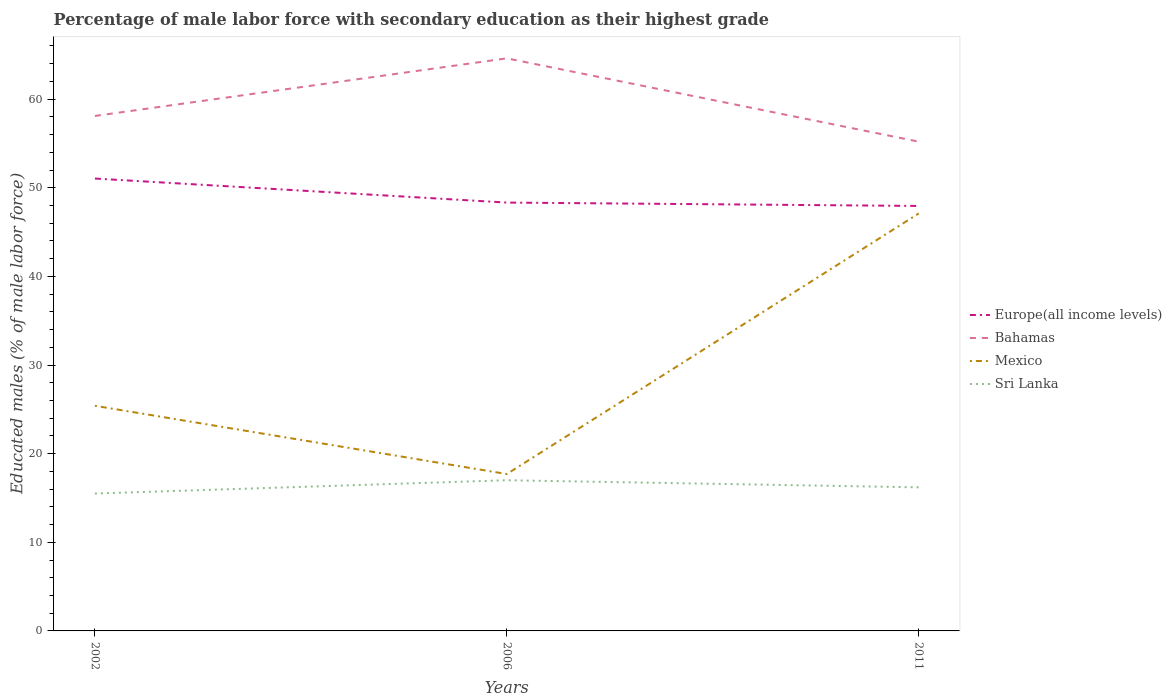
| Years | Europe(all income levels) | Bahamas | Mexico | Sri Lanka |
 | --- | --- | --- | --- | --- |
 | 2002 | 51 | 58.1 | 25.4 | 15.5 |
 | 2006 | 48.3 | 64.6 | 17.7 | 17 |
 | 2011 | 47.9 | 55.2 | 47.1 | 16.2 |